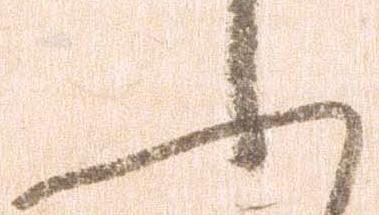
ふ